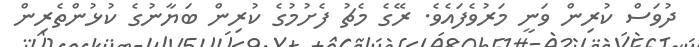
ދުވަސް ކުރިން ވަނީ މަރުވެފައެވެ. ރޭގެ މެޗު ފެށުމުގެ ކުރިން ބަޔާނުގެ ކުޅުންތެރިން